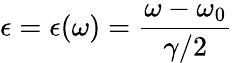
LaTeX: \epsilon=\epsilon(\omega)=\frac{\omega-\omega_{0}}{\gamma/2}